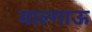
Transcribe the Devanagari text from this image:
वाल्गाऊ